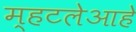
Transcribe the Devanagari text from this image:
म्हटलेआहे